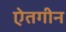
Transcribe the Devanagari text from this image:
ऐतगीन